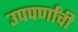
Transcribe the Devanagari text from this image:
उपपर्णांची